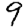
Digit: 9